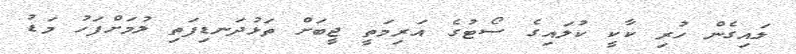
ލައިގެން ހުރި ކާކީ ކުލައިގެ ސޯޓުގެ އަރިމަތީ ޖީބަށް ތަޅުދަނޑިފަތި ލުމަށްފަހު މަޑު